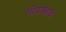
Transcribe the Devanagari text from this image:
चिंचोक्याची